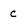
Character: c